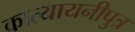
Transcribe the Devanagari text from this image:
कात्यायनीपुत्र